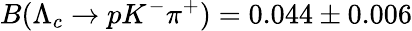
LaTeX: B(\Lambda_{c}\rightarrow pK^{-}\pi^{+})=0.044\pm 0.006